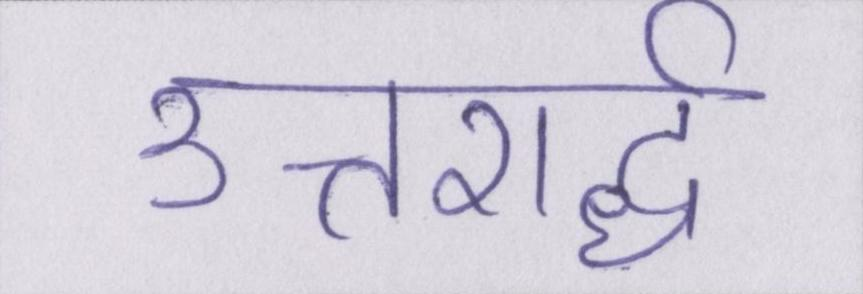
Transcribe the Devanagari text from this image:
उत्तरार्द्ध